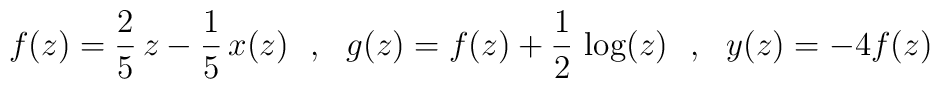
f(z)=\frac{2}{5}\,z - \frac{1}{5}\,x(z)~~,~~g(z)=f(z)+\frac{1}{2}\,\log(z)~~,~~y(z)= -4f(z)